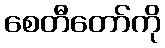
စေတီတော်ကို